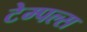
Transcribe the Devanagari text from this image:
टेम्पल्स